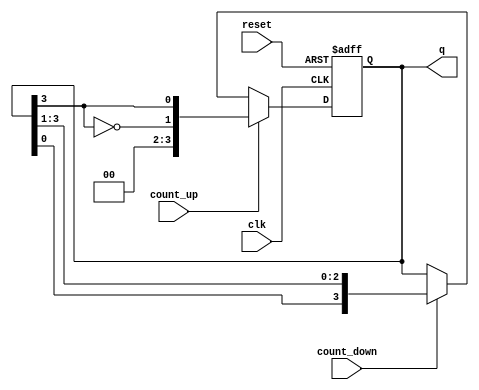
module bidirectional_johnson_counter (
    input wire clk,              // Clock signal
    input wire reset,            // Asynchronous reset
    input wire count_up,         // Control signal for counting up
    input wire count_down,       // Control signal for counting down
    output reg [N-1:0] q         // Output state of the counter
);
    parameter N = 4;             // Number of flip-flops (adjust as needed)
    reg [N-1:0] shift_reg;       // Shift register

    always @(posedge clk or posedge reset) begin
        if (reset) begin
            shift_reg <= 0;       // Reset the counter to 0
        end else if (count_up) begin
            // Counting up
            shift_reg <= {~shift_reg[N-1], shift_reg[N-1:N-1]}; // Shift and feedback
        end else if (count_down) begin
            // Counting down
            shift_reg <= {shift_reg[0], shift_reg[N-1:1]}; // Shift in the opposite direction
        end
    end

    assign q = shift_reg;         // Output the current state of the counter

endmodule